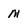
Character: m